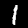
Label: 1